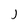
Character: j